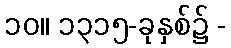
၁၀။ ၁၃၁၅-ခုနှစ်၌ -